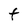
Character: t